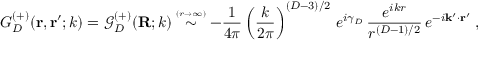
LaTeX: G _ { { D } } ^ { ( + ) } ( { \bf r } , { \bf r } ^ { \prime } ; k ) = { \mathcal G } _ { { D } } ^ { ( + ) } ( { \bf R } ; k ) \stackrel { \scriptscriptstyle ( r \rightarrow \infty ) } { \sim } - \frac { 1 } { 4 \pi } \left( \frac { k } { 2 \pi } \right) ^ { ( { D } - 3 ) / 2 } \, e ^ { i \gamma _ { { D } } } \, \frac { e ^ { i k r } } { r ^ { ( { D } - 1 ) / 2 } } \, e ^ { - i { \bf k } ^ { \prime } \cdot { \bf r } ^ { \prime } } \; ,